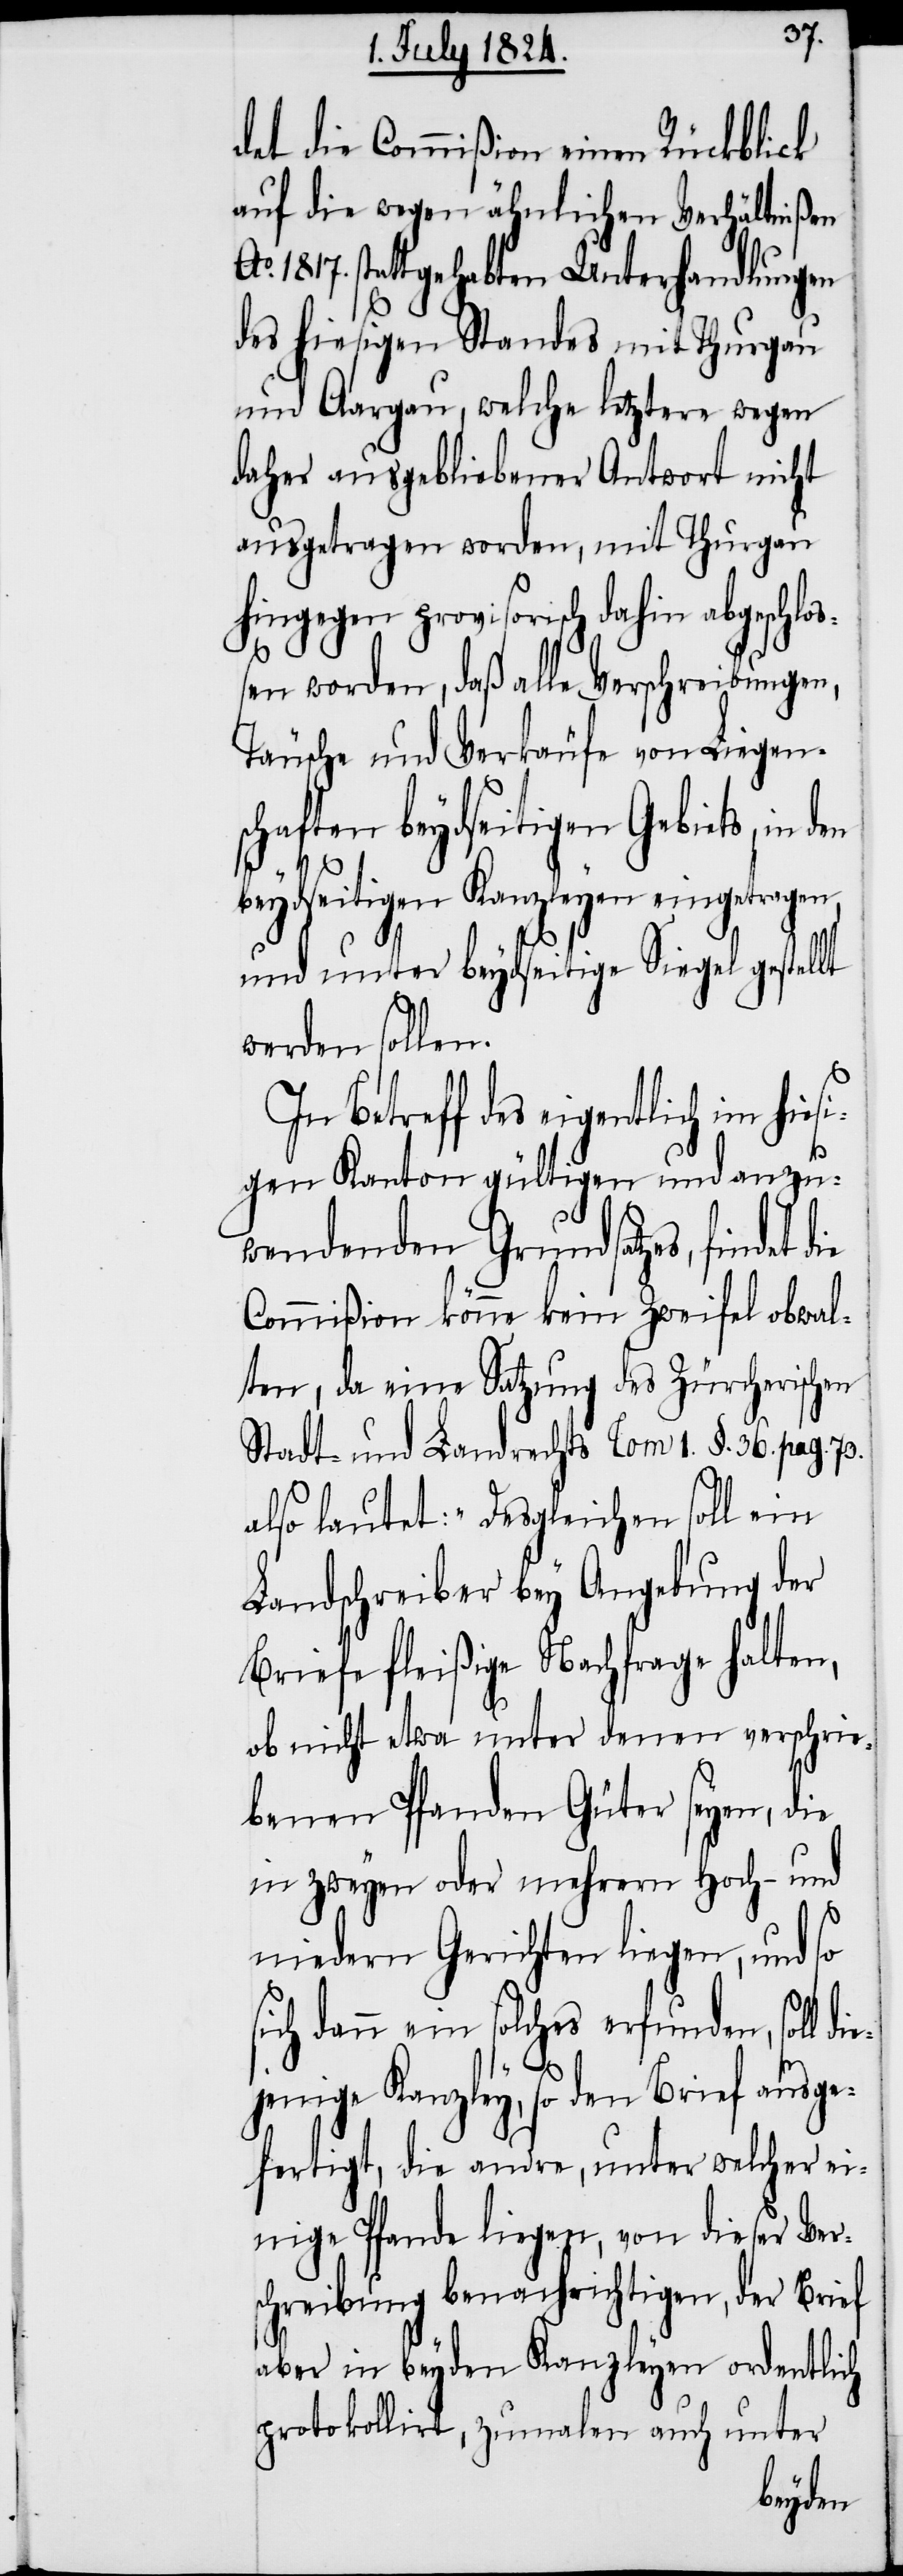
det die Commißion einen Rückblick
auf die wegen ähnlichen Verhältnißen
1817. stattgehabten Unterhandlungen
des hiesigen Standes mit Thurgau
und Aargau, welche letztere wegen
daher ausgebliebener Antwort nicht
ausgetragen worden, mit Thurgau
hingegen provisorisch dahin abgeschlo¬
ßen worden, daß alle Verschreibungen,
Täusche und Verkäufe von Liegen¬
schaften beydseitigen Gebiets, in den
beydseitigen Kanzleyen eingetragen,
ie¬
und unter beydseitige Siegel gestellt
werden sollen.
In Betreff des eigentlich im hies¬
igen Kanton gültigen und anzu¬
wendenden Grundsatzes, findet
Commißion könne kein Zweifel obwal¬
ten, da eine Satzung des Zürcherischen
Stadt- und Landrechts Com 1. §. 36. pag. 73.
also lautet: „Desgleichen soll ein
Landschreiber bey Angebung der
Briefe fleißige Nachfrage halten,
ob nicht etwa unter denen verschrie¬
benen Pfanden Güter seyen, die
in zweyen oder mehrern Hoch- und
niedern Gerichten liegen, und so
sich dann ein solches erfunden, soll d¬
jenige Kanzley, so den Brief ausge¬
fertigt, die andre, unter welcher ei¬
nige Pfande liegen, von dieser Ver¬
schreibung benachrichtigen, der Brief
aber in beyden Kanzleyen ordentlich
protokollirt, zumalen auch unter